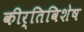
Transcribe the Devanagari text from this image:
कीर्तिविशेष